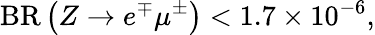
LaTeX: {\mathrm{BR}}\left(Z\to e^{\mp}\mu^{\pm}\right)<1.7\times 10^{-6},